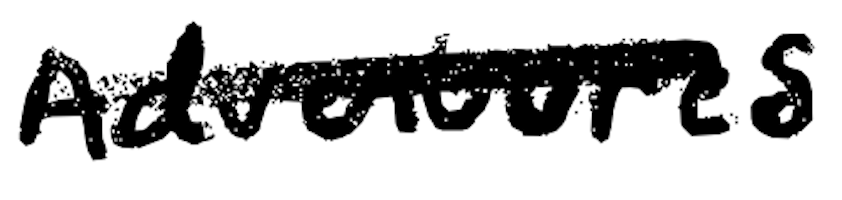
Text: Adventures
Cross-out: single-line
Writing tool: digital_black